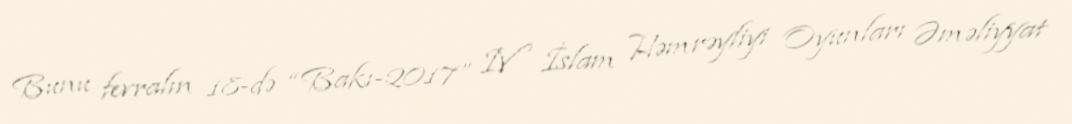
Bunu fevralın 18-də “Bakı-2017” IV İslam Həmrəyliyi Oyunları Əməliyyat